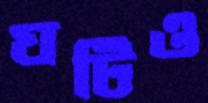
ঘটিও